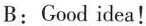
B:Good idea！